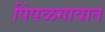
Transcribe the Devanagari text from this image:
पिंपळगावात